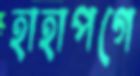
হাহাপগে